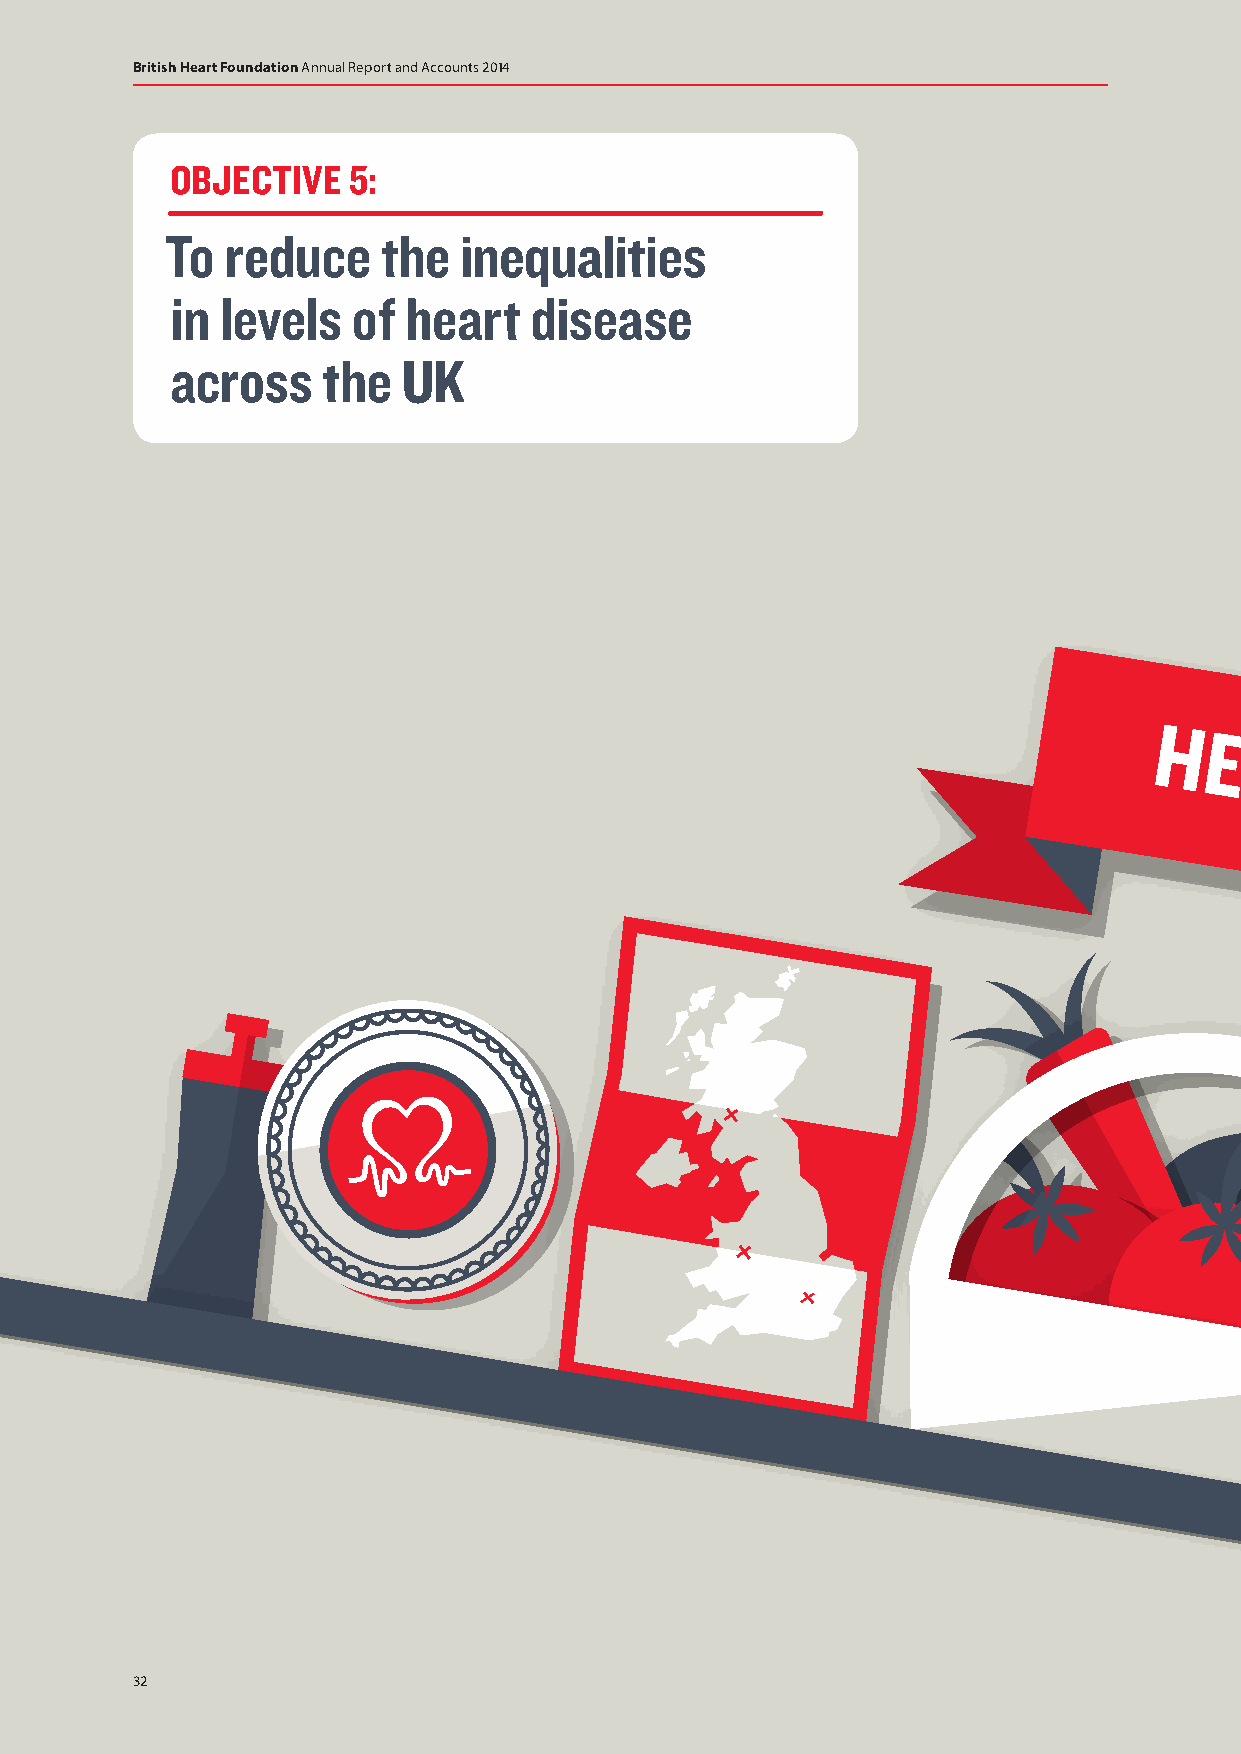
British Heart Foundation Annual Report and Accounts 2014
 OBJECTIVE   5:
 To  reduce    the  inequalities
 in  levels  of  heart   disease
 across    the   UK
 H
 E
 A
 H  E  AR RT TY
 Y
 L LI
 IV E
 S
 V
 E
 S
 9
 98
 8
 32